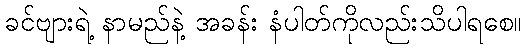
ခင်ဗျားရဲ့ နာမည်နဲ့ အခန်း နံပါတ်ကိုလည်းသိပါရစေ။